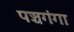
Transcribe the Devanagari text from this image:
पञ्चगंगा